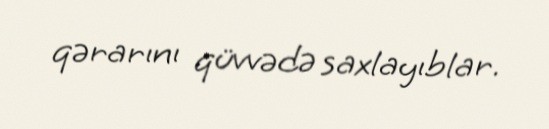
qərarını qüvvədə saxlayıblar.